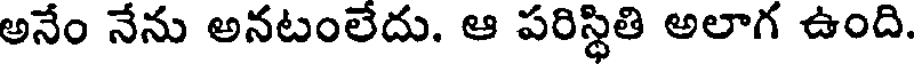
అనేం నేను అనటంలేదు. ఆ పరిస్థితి అలాగ ఉంది.